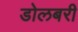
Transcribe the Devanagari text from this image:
डोलबरी